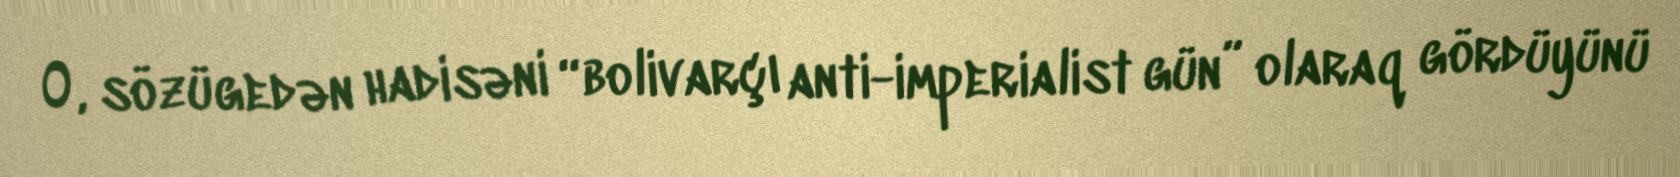
O, sözügedən hadisəni “bolivarçı anti-imperialist gün” olaraq gördüyünü